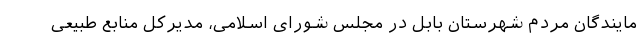
مایندگان مردم شهرستان بابل در مجلس شورای اسلامی، مدیرکل منابع طبیعی